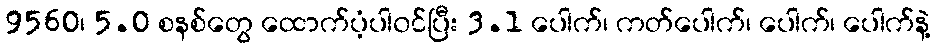
9560၊ 5.0 စနစ်တွေ ထောက်ပံ့ပါ၀င်ပြီး 3.1 ပေါက်၊ ကတ်ပေါက်၊ ပေါက်၊ ပေါက်နဲ့